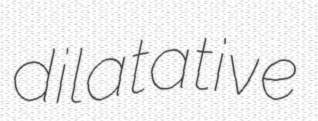
dilatative